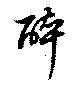
醉